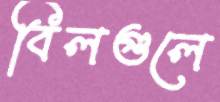
বিলগুলে